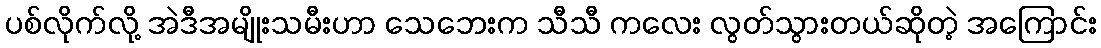
ပစ်လိုက်လို့ အဲဒီအမျိုးသမီးဟာ သေဘေးက သီသီ ကလေး လွတ်သွားတယ်ဆိုတဲ့ အကြောင်း